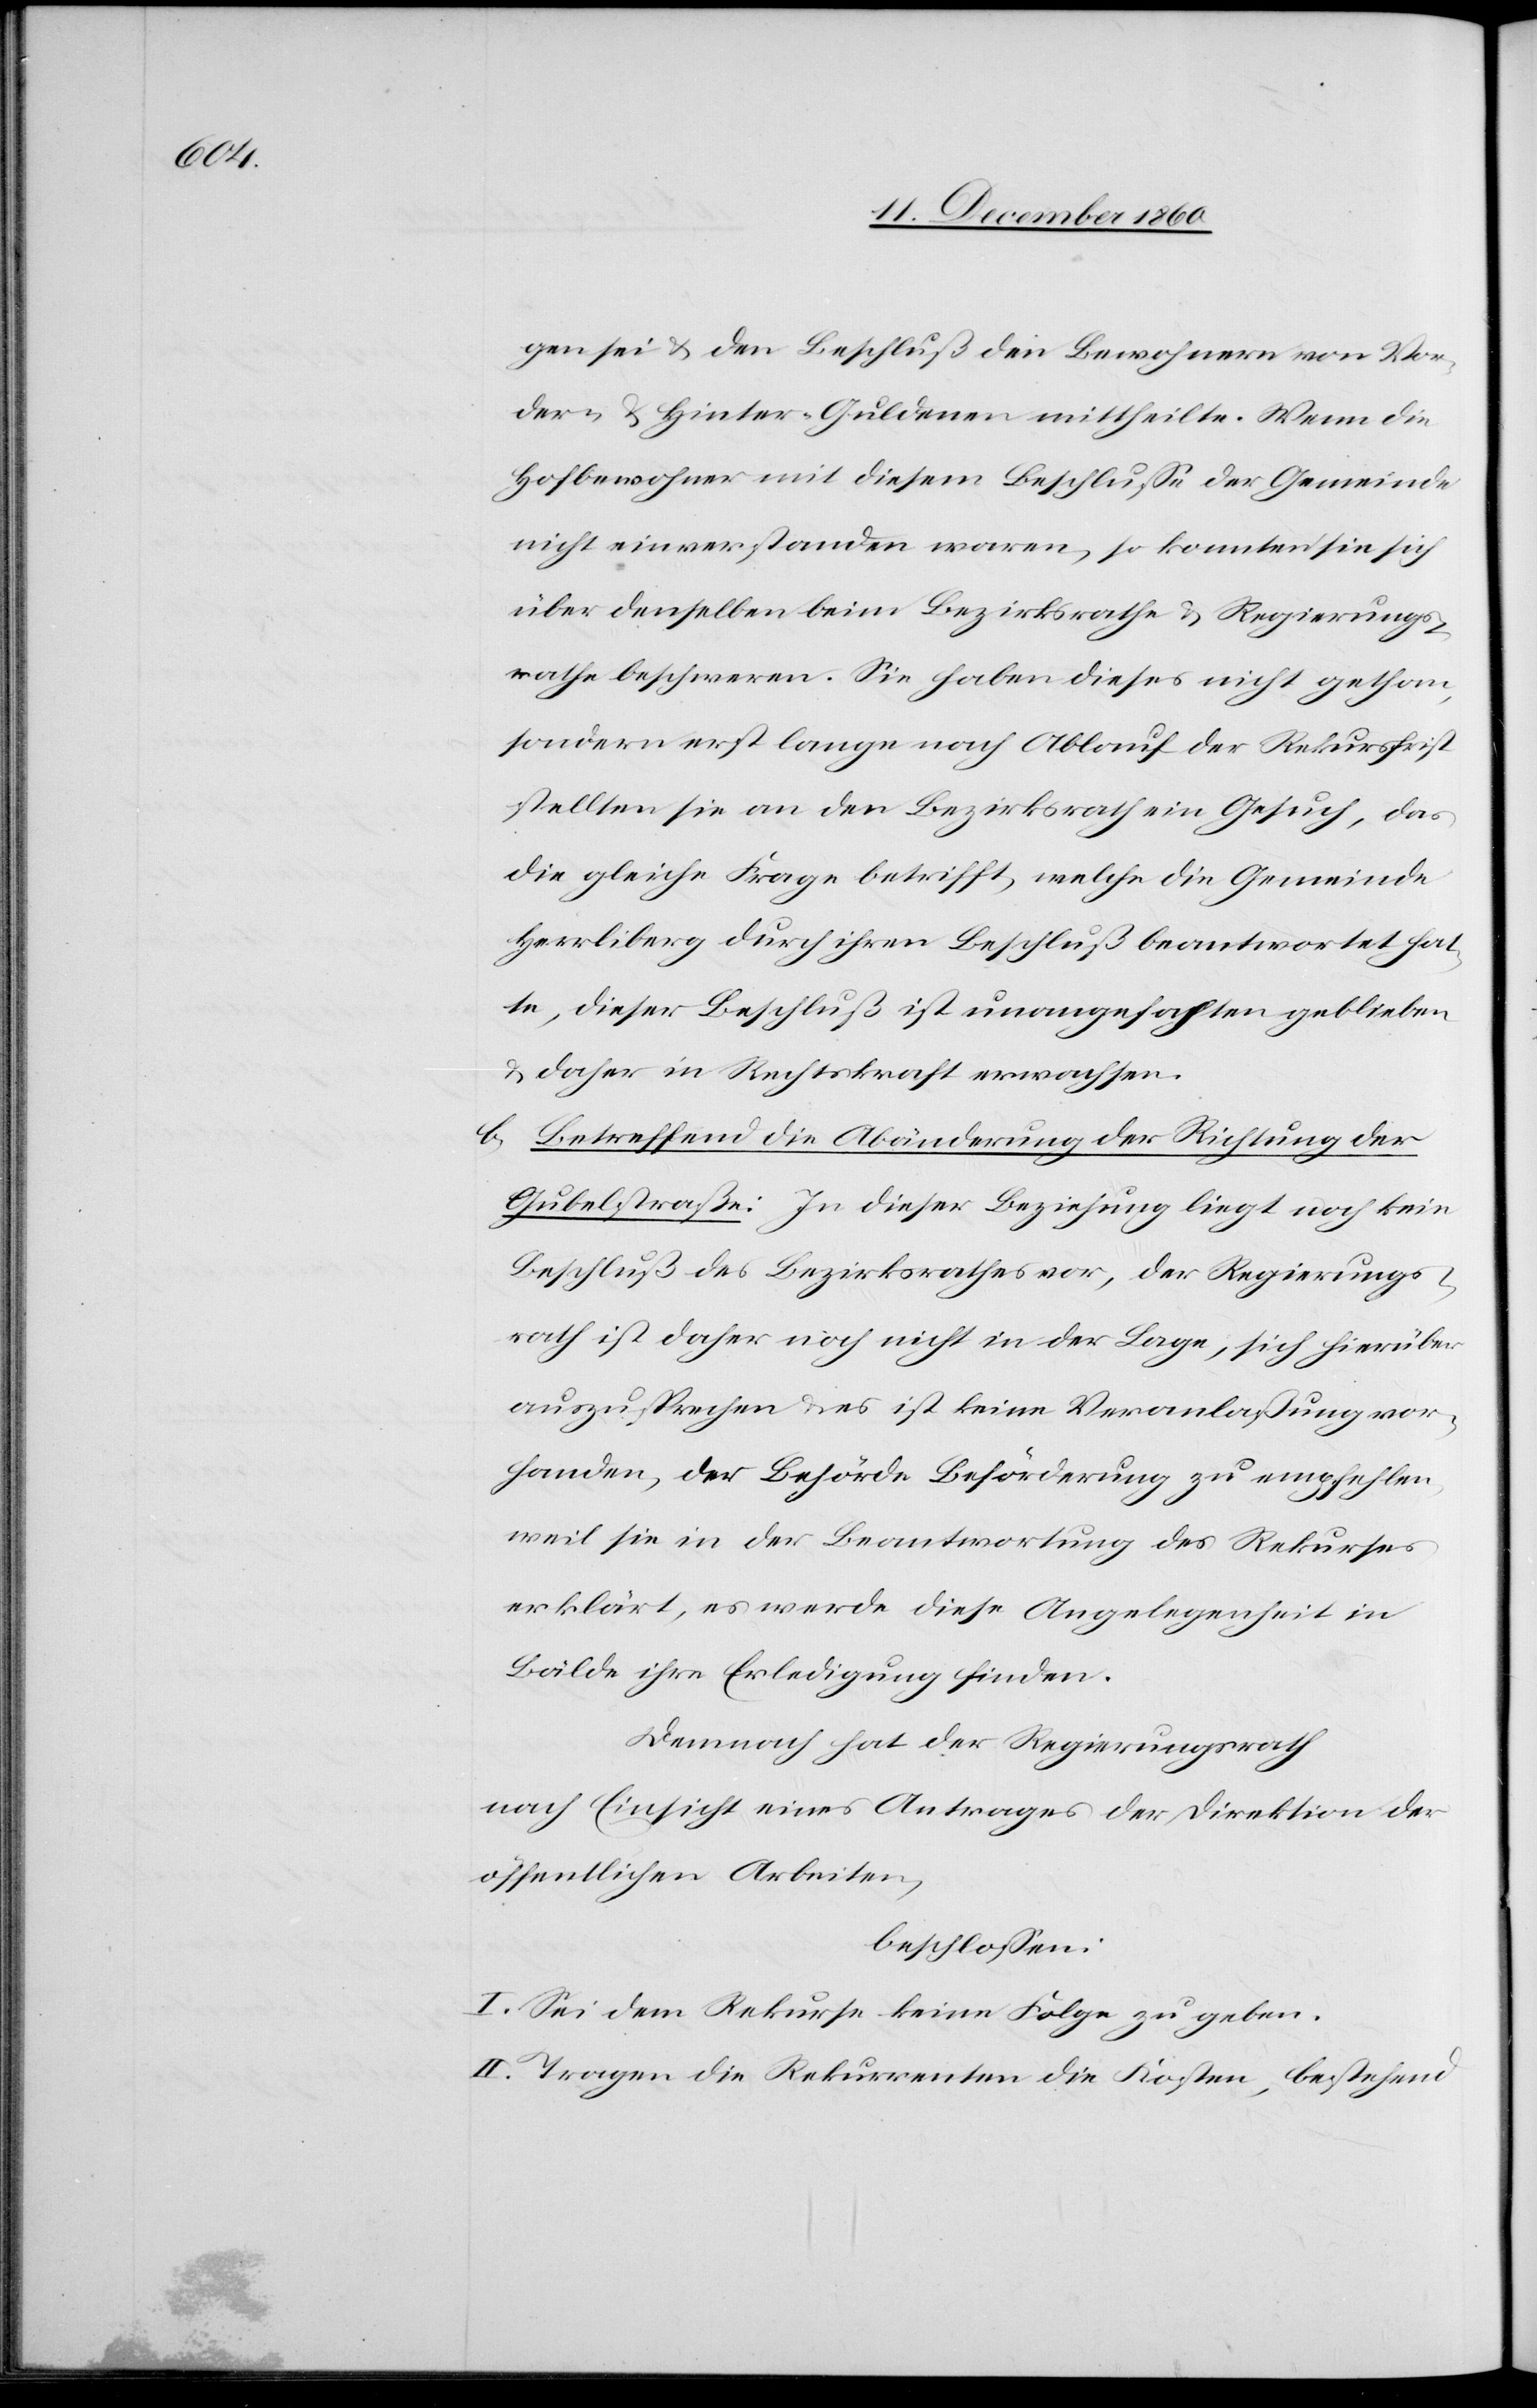
gen sei, u. den Beschluß den Bewohnern von Vor¬
der- u. Hinter-Guldenen mittheilte. Wenn die
Hofbewohner mit diesem Beschlusse der Gemeinde
nicht einverstanden waren, so konnten sie sich
über denselben beim Bezirksrathe u. Regierungs¬
rathe beschweren. Sie haben dieses nicht gethan,
sondern erst lange nach Ablauf der Rekursfrist
stellten sie an den Bezirksrath ein Gesuch, das
die gleiche Frage betrifft, welche die Gemeinde
Herrliberg durch ihren Beschluß beantwortet hat¬
te, dieser Beschluß ist unangefochten geblieben
u. daher in Rechtskraft erwachsen.
b. Betreffend die Abänderung der Richtung der
Gubelstraße: In dieser Beziehung liegt noch kein
Beschluß des Bezirksrathes vor, der Regierungs¬
rath ist daher noch nicht in der Lage, sich hierüber
auszusprechen u. es ist keine Veranlaßung vor¬
handen, der Behörde Beförderung zu empfehlen,
weil sie in der Beantwortung des Rekurses
erklärt, es werde diese Angelegenheit in
Bälde ihre Erledigung finden.
Demnach hat der Regierungsrath
nach Einsicht eines Antrages der Direktion der
öffentlichen Arbeiten,
beschlossen:
I. Sei dem Rekurse keine Folge zu geben.
II. Tragen die Rekurrenten die Kosten, bestehend